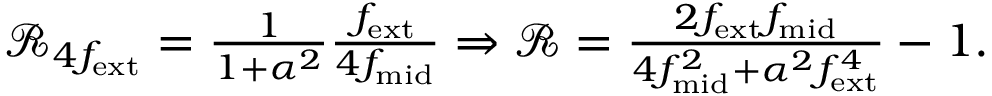
\begin{array} { r } { \mathcal { R } _ { 4 f _ { \mathrm { e x t } } } = \frac { 1 } { 1 + \alpha ^ { 2 } } \frac { f _ { \mathrm { e x t } } } { 4 f _ { \mathrm { m i d } } } \Rightarrow \mathcal { R } = \frac { 2 f _ { \mathrm { e x t } } f _ { \mathrm { m i d } } } { 4 f _ { \mathrm { m i d } } ^ { 2 } + \alpha ^ { 2 } f _ { \mathrm { e x t } } ^ { 4 } } - 1 . } \end{array}